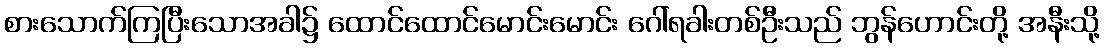
စားသောက်ကြပြီးသောအခါ၌ ထောင်ထောင်မောင်းမောင်း ဂေါ်ရခါးတစ်ဦးသည် ဘွန်ဟောင်းတို့ အနီးသို့